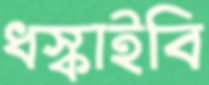
ধস্‌কাইবি